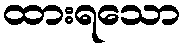
ထားရသော